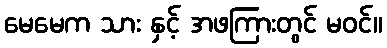
မေမေက သား နှင့် အဖကြားတွင် မဝင်။